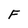
Character: F